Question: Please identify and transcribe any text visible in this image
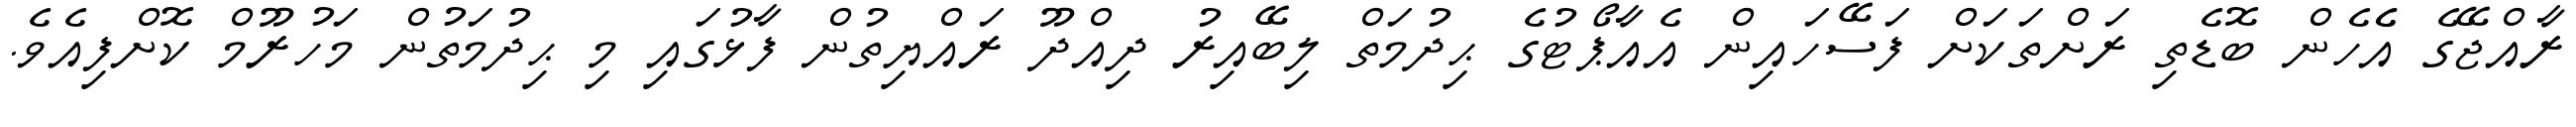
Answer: ރާއްޖޭގެ އެެހެން ބޮޑެތި ރަށްތަކަށް ފަސޭހައިން އެއާޕޯޓުގެ ޙިދުމަތް ލިބޭއިރު ދިއްދޫ ރައްޔިތުން ފާޅުގައި މި ޙިދުމަތުން މަހުރޫމް ކޮށްފިއެވެ.